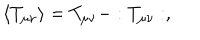
LaTeX: \langle T _ { \mu \nu } \rangle = T _ { \mu \nu } - : T _ { \mu \nu } : ,